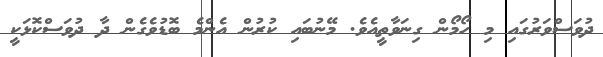
ދުވަސްވަރުގައި މި ހޯމޯން ގިނަވާތީއެވެ. މޭނުބައި ކުރުން އެންމެ ބޮޑުވެގެން ދާ ދުވަސްކޮޅަކީ